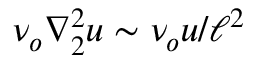
\nu _ { o } \nabla _ { 2 } ^ { 2 } u \sim \nu _ { o } u / \ell ^ { 2 }